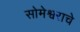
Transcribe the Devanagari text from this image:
सोमेश्वराचे